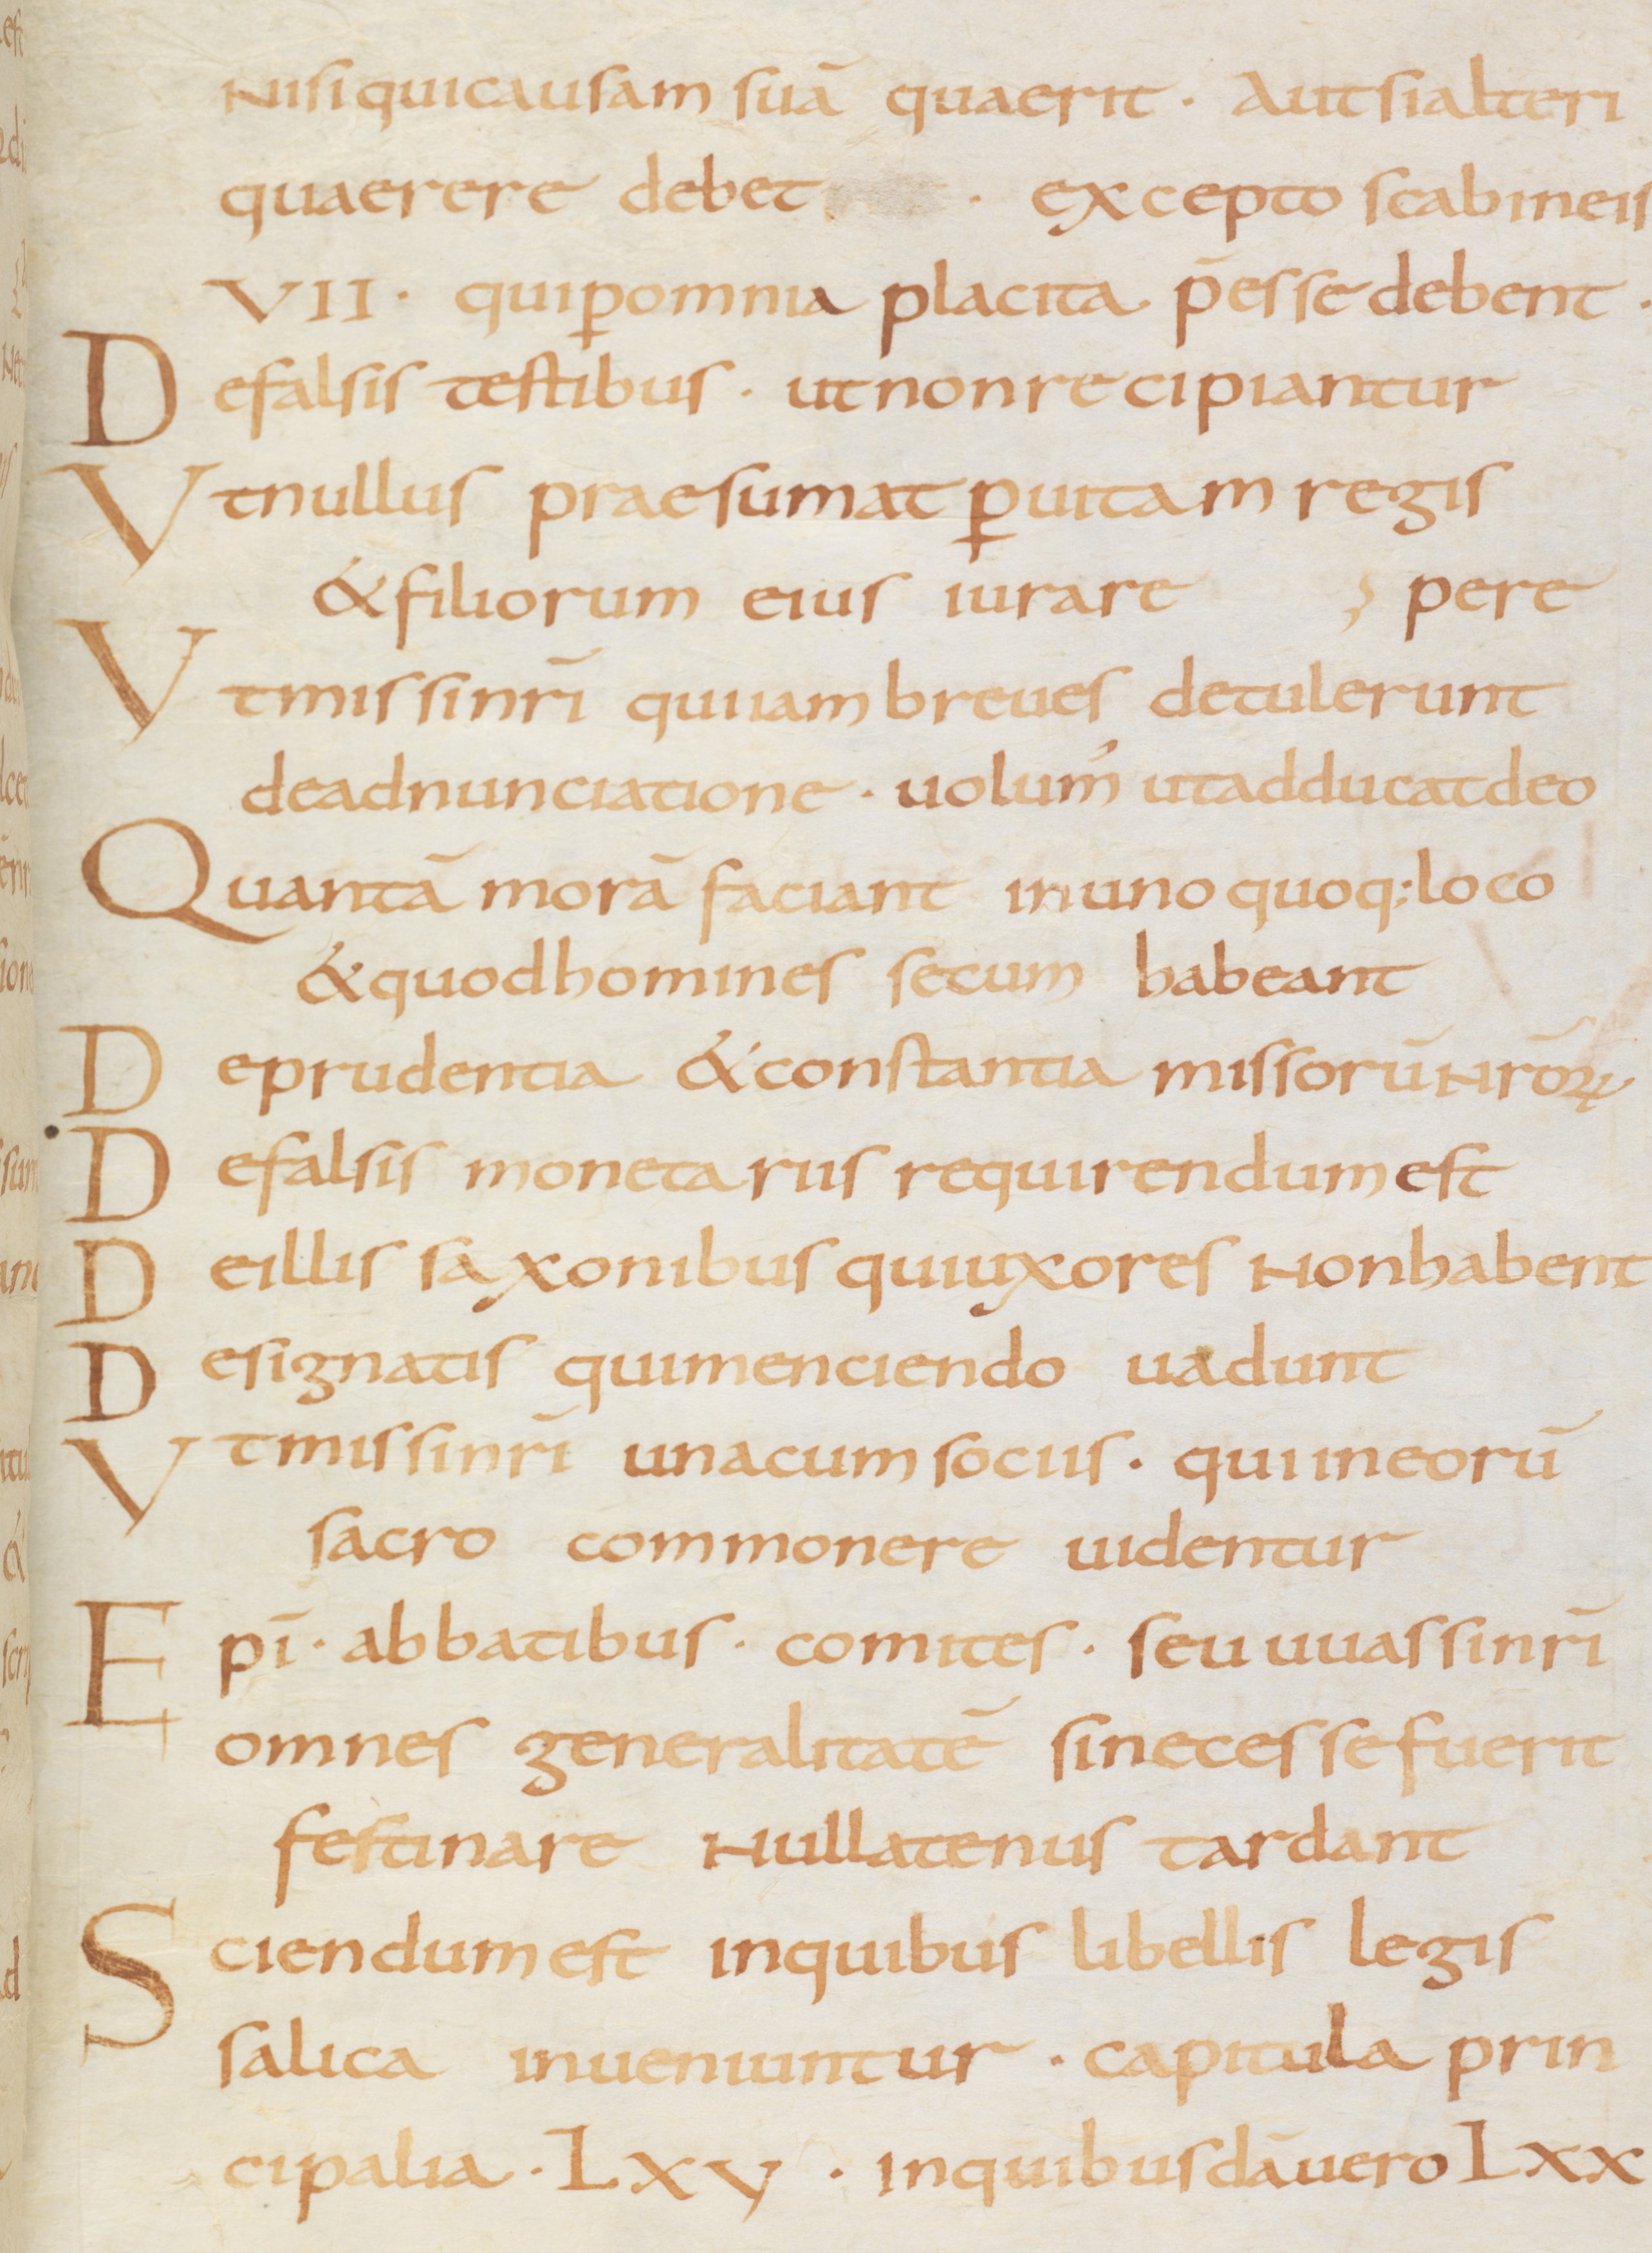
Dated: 875–899